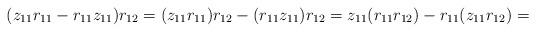
LaTeX: \begin{align*}(z_{11}r_{11} - r_{11}z_{11})r_{12} = (z_{11}r_{11})r_{12} - (r_{11}z_{11})r_{12} = z_{11}(r_{11}r_{12}) - r_{11}(z_{11}r_{12}) =\end{align*}